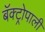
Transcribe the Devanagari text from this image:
बॅक्ट्रोपाली